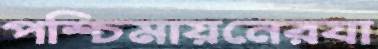
পশ্চিমায়নেরযা